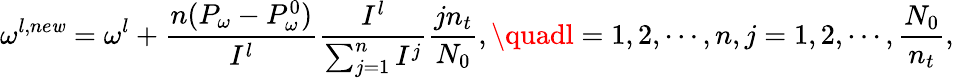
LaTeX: \omega^{l,ne\mathit{w}}=\omega^{l}+\frac{{n(P_{\omega}-P_{\omega}^{0})}}{{I^{l}}}\frac{{I^{l}}}{{\sum_{j=1}^{n}I^{j}}}\frac{{jn_{t}}}{{N_{0}}},\quadl=1,2,\cdots,n,j=1,2,\cdots,\frac{{N_{0}}}{{n_{t}}},